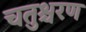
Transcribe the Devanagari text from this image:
चतुश्चरण